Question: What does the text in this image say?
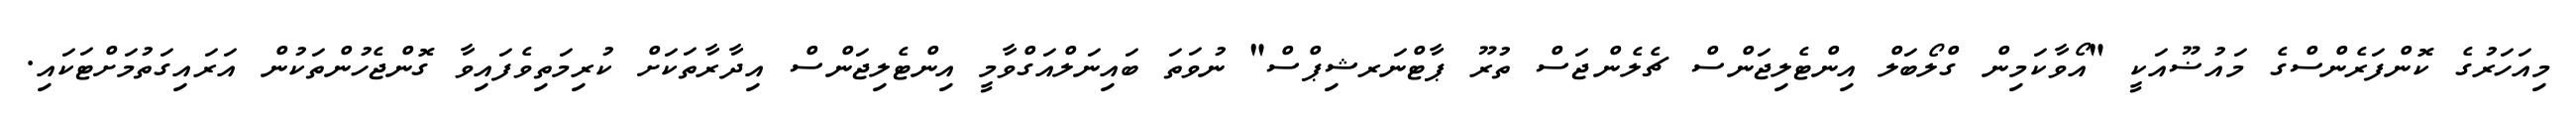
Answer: މިއަހަރުގެ ކޮންފަރެންސްގެ މައުޟޫއަކީ "އޯވާކަމިން ގްލޯބަލް އިންޓެލިޖަންސް ޗެލެންޖަސް ތުރޫ ޕާޓްނަރޝިޕްސް" ނުވަތަ ބައިނަލްއަގްވާމީ އިންޓެލިޖަންސް އިދާރާތަކަށް ކުރިމަތިވެފައިވާ ގޮންޖެހުންތަކުން އަރައިގަތުމަށްޓަކައި.